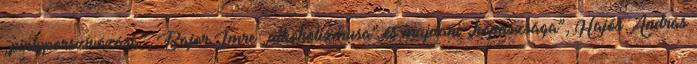
„pintyporszívózása”, Bajor Imre „alkoholizmusa” és majdani „kopaszsága”, Hajós András